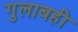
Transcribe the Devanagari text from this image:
गुलाबही